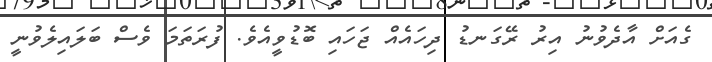
ގެއަށް އާދެވުނު އިރު ރޭގަނޑު ދިހައެއް ޖަހައި ބޮޑުވީއެވެ. ފުރަތަމަ ވެސް ބަލައިލެވުނީ